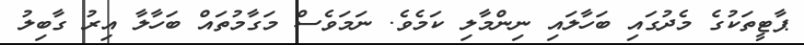
ޕާޓީތަކުގެ މެދުގައި ބަހާލައި ނިންމާލި ކަމެވެ. ނަމަވެސް މަގާމުތައް ބަހާލާ އިރު ގާބިލު